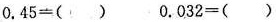
$$0 . 4 5 = ( )$$ $$0 . 0 3 2 = ( )$$